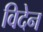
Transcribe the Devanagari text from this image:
विदेन